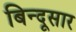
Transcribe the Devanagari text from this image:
बिन्दूसार